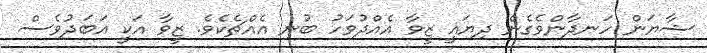
ޝާޔަން ހަނދާންވެގެން ދިޔައީ ޒީވާ އެއްދުވަހު ބުނި އެއްޗެކެވެ. ޒީވާ އަކީ އަބަދުވެސް